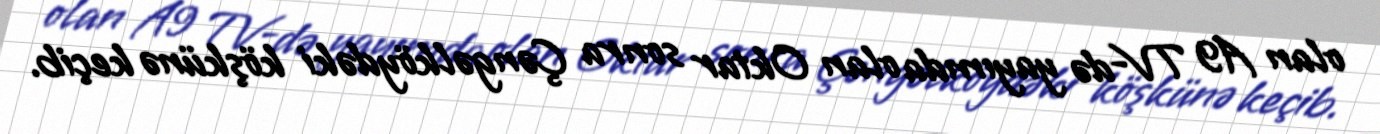
olan A9 TV-də yayımda olan Oktar sonra Çəngəlköydəki köşkünə keçib.